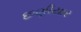
છણીયાર